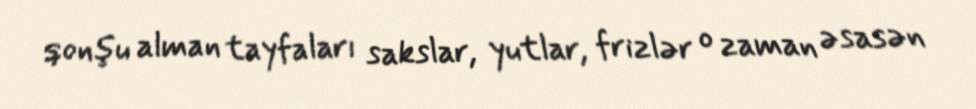
qonşu alman tayfaları sakslar, yutlar, frizlər o zaman əsasən